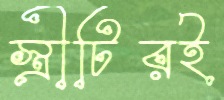
স্ত্রীটিরই